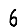
Digit: 6